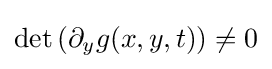
\det \left(\partial _{y}g(x,y,t)\right)\neq 0